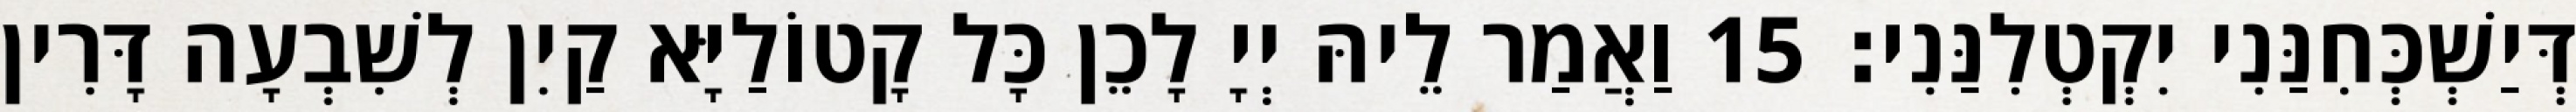
דְּיַשְׁכְּחִנַּנִי יִקְטְלִנַּנִי׃ 15 וַאֲמַר לֵיהּ יְיָ לָכֵן כָּל קָטוֹלַיָּא קַיִן לְשִׁבְעָה דָּרִין